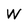
Character: W